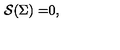
\mathcal { S ( } \Sigma \mathcal { ) = } 0 ,